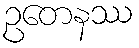
ဥတေနဿ